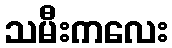
သမီးကလေး